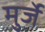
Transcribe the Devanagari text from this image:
मुर्जे